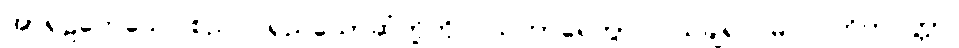
အာရုဠကေသေ၊ စည်ပင်ရှည်သောဆံတို့ကို။ ဩဟာရေတွာ၊ ပယ်ချ၍။ မလဂ္ဂဟိတပတ္တာ၊